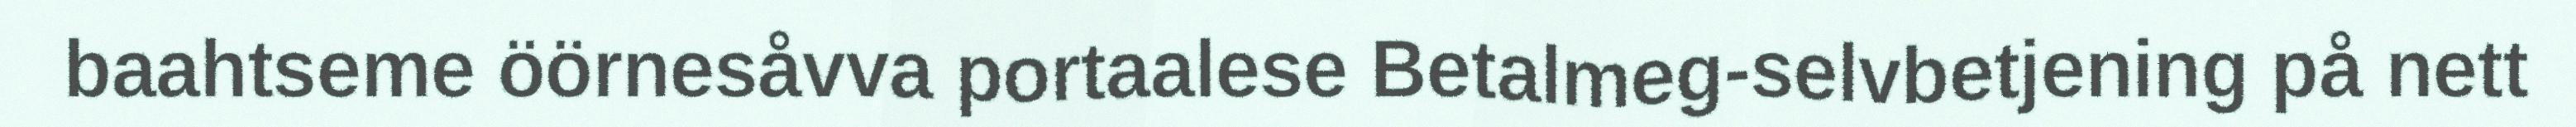
baahtseme öörnesåvva portaalese Betalmeg-selvbetjening på nett